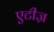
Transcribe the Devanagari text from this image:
एटीज़